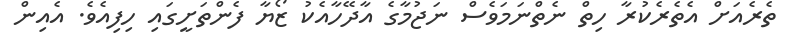
ތެރެއަށް އެތެރެކުރާ ހިތް ނެތްނަމަވެސް ނަޖުމާގެ އާދޭހާއެކު ޒޯޔާ ފެންތަށީގައި ހިފިއެވެ. އެއިން